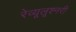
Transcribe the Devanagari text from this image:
रेव्यूलूश्नरी